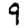
Digit: 9